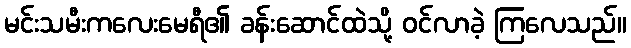
မင်းသမီးကလေးမေရီ၏ ခန်းဆောင်ထဲသို့ ဝင်လာခဲ့ ကြလေသည်။